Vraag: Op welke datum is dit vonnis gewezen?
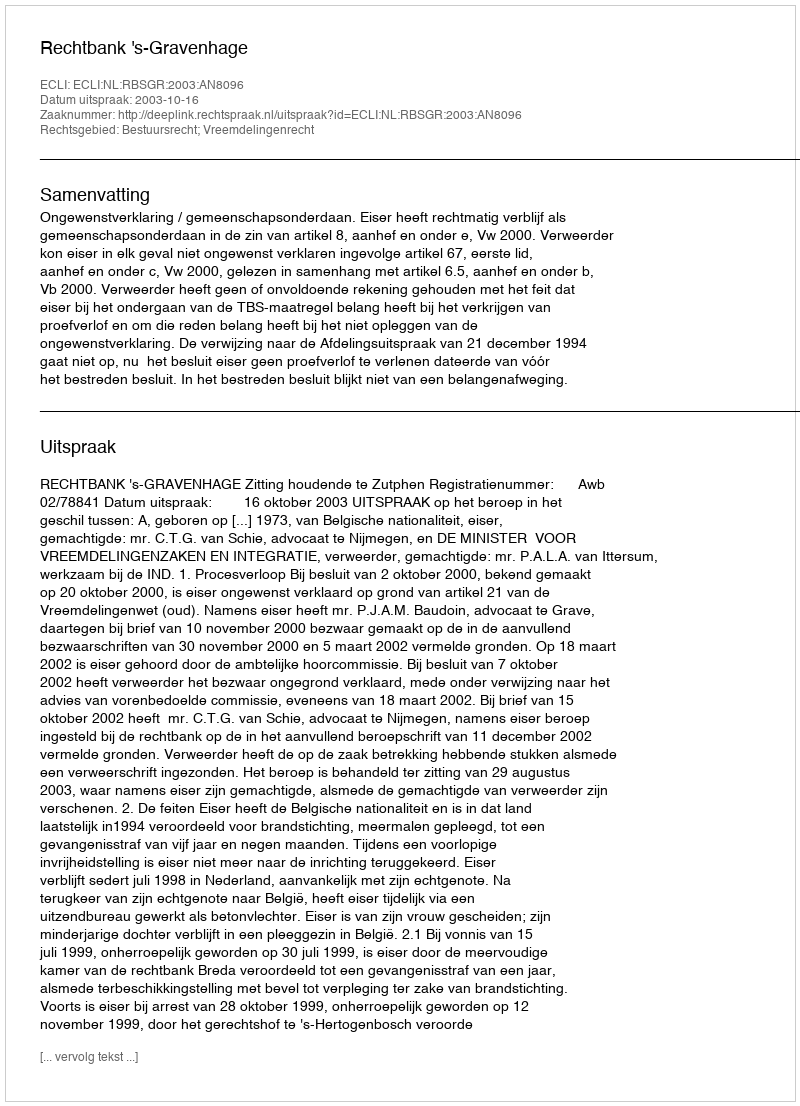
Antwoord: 2003-10-16